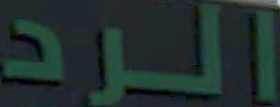
الرد